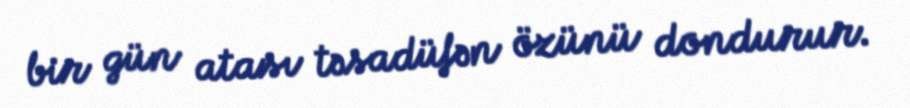
bir gün atası təsadüfən özünü dondurur.